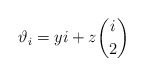
\begin{align*}\vartheta_i = yi + z\binom{i}{2}\end{align*}